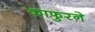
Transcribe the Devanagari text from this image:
काफुरने